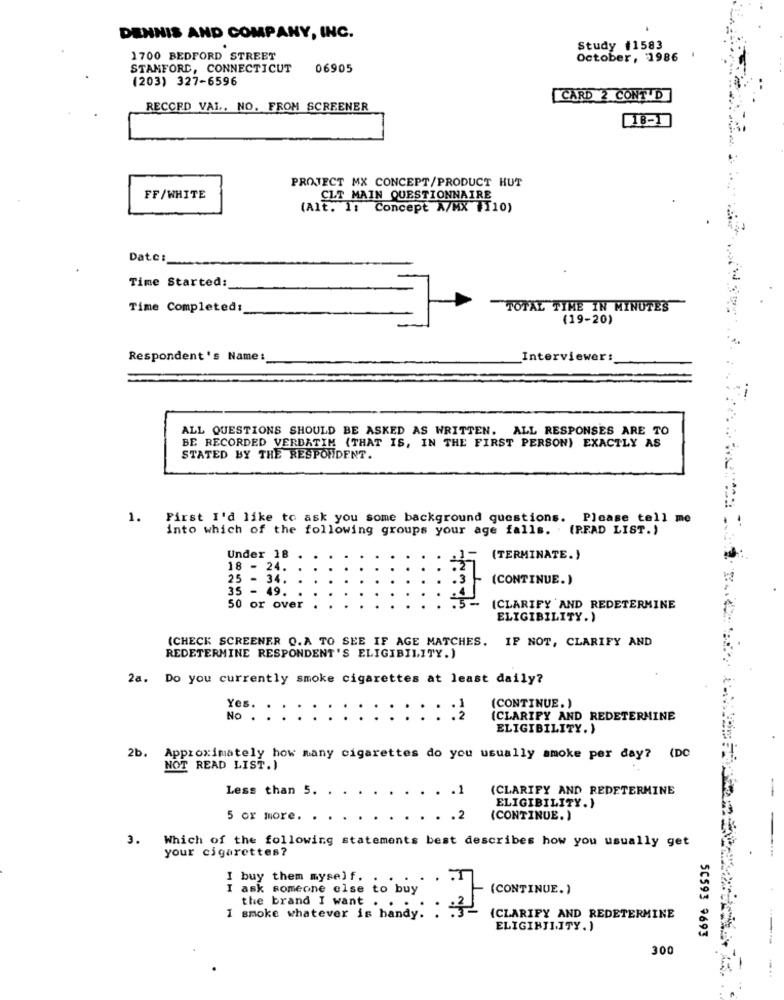
DENNIS AND COMPANY, INC.
Study #1583
1700 BEDFORD STREET
October, 1986
STAMFORD, CONNECTICUT
06905
(203) 327-6596
CARD 2 CONT D
RECORD VAL, NO. FROM SCREENER
18-1
PROTECT MX CONCEPT/PRODUCT HUT
FF/WHITE
CLT MAIN QUESTIONNAIRE
(Alt. 1: Concept A/MX #110)
Date:
Time Started:
Time Completed:
TOTAL TIME IN MINUTES
(19-20)
Respondent's Name:
Interviewer :_
ALL QUESTIONS SHOULD BE ASKED AS WRITTEN. ALL RESPONSES ARE TO
BE RECORDED VERBATIM (THAT IS, IN THE FIRST PERSON) EXACTLY AS
STATED BY THE RESPONDENT.
1.
First I'd like to ask you some background questions. Please tell me
into which of the following groups your age falls. . (READ LIST.)
Under 18
(TERMINATE.)
18 - 24.
25 - 34.
(CONTINUE.)
35 - 49.
50 or over
(CLARIFY AND REDETERMINE
ELIGIBILITY.)
(CHECK SCREENER Q.A TO SEE IF AGE MATCHES. IF NOT, CLARIFY AND
REDETERMINE RESPONDENT'S ELIGIBILITY.)
2a. Do you currently smoke cigarettes at least daily?
Yes.
(CONTINUE.)
No .
(CLARIFY AND REDETERMINE
ELIGIBILITY. )
2b. Approximately how many cigarettes do you usually smoke per day? (DC
NOT READ LIST.)
Less than 5.
.1
(CLARIFY AND REDETERMINE
ELIGIBILITY.)
5 or more.
. . . 2
(CONTINUE. )
-
3. Which of the following statements best describes how you usually get
your cigarettes?
buy them myself.
I ask someone else to buy
(CONTINUE. )
the brand I want .
I smoke whatever is handy. .
{CLARIFY AND REDETERMINE
ELIGIBILITY.)
5C593 9693
300